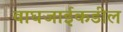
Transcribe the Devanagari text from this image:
वाघजाईकडील